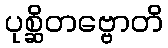
ပုစ္ဆိတဗ္ဗောတိ